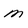
Character: m